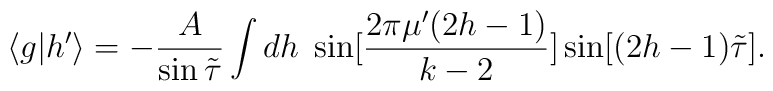
\langle g |h' \rangle = -\frac{A}{\sin {\tilde \tau}} \int dh \;        \sin [ \frac{2 \pi \mu' (2 h-1)}{k-2} ]     \sin[ (2h-1) {\tilde \tau}].